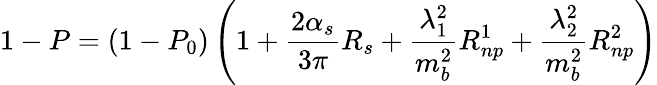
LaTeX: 1-P=(1-P_{0})\left(1+{\frac{2\alpha_{s}}{3\pi}}R_{s}+{\frac{\lambda_{1}^{2}}{m_{b}^{2}}}R_{np}^{1}+{\frac{\lambda_{2}^{2}}{m_{b}^{2}}}R_{np}^{2}\right)